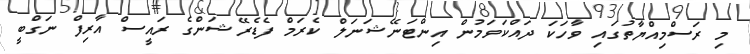
މި ރަސްމިއްޔާތުގައި ވާހަކަ ދައްކަވަމުން އިންޓަނޭޝަނަލް ކެރަމް ފެޑެރޭޝަންގެ ރައީސް އާރިފް ނަގްބީ